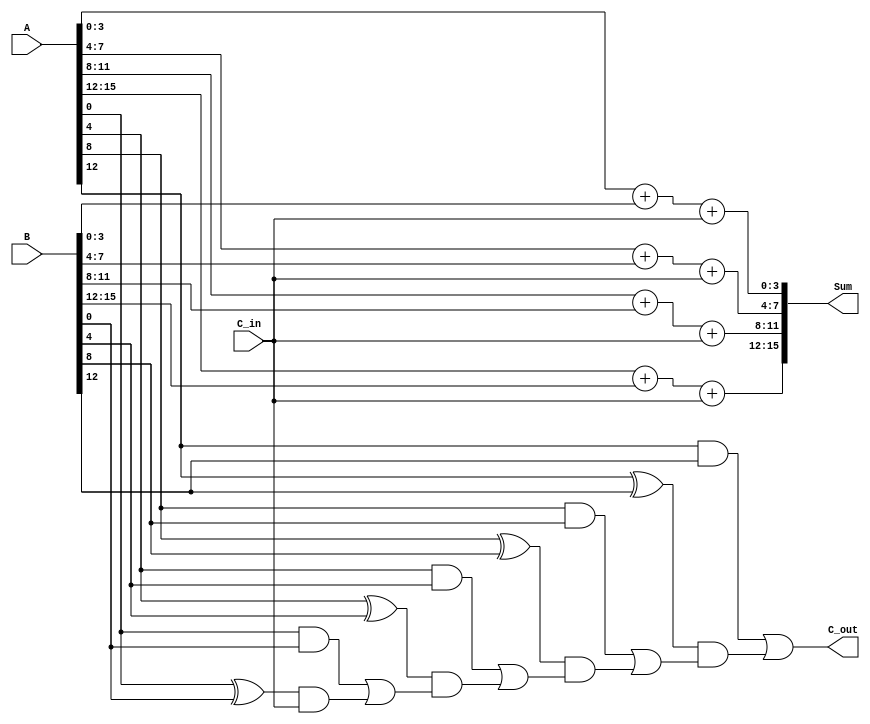
module CSA_CLA_16bit (
    input [15:0] A,
    input [15:0] B,
    input C_in,
    output [15:0] Sum,
    output C_out
);

    // Internal wires for carry out and sum of each segment
    wire [3:0] S0, S1, S2, S3; // Sums for each segment
    wire C0, C1, C2, C3;       // Carry outs for each segment
    wire G0, G1, G2, G3;       // Generate signals for each segment
    wire P0, P1, P2, P3;       // Propagate signals for each segment
    wire C_in0, C_in1, C_in2;  // Intermediate carries

    // Generate and propagate for each segment
    assign G0 = A[3:0] & B[3:0];
    assign P0 = A[3:0] ^ B[3:0];

    assign G1 = A[7:4] & B[7:4];
    assign P1 = A[7:4] ^ B[7:4];

    assign G2 = A[11:8] & B[11:8];
    assign P2 = A[11:8] ^ B[11:8];

    assign G3 = A[15:12] & B[15:12];
    assign P3 = A[15:12] ^ B[15:12];

    // Carry lookahead logic
    assign C_in0 = G0 | (P0 & C_in);
    assign C_in1 = G1 | (P1 & C_in0);
    assign C_in2 = G2 | (P2 & C_in1);
    assign C_out = G3 | (P3 & C_in2);

    // 4-bit Ripple Carry Adders for each segment
    // Segment 0
    assign {C0, S0} = A[3:0] + B[3:0] + C_in;
    // Segment 1
    assign {C1, S1} = A[7:4] + B[7:4] + C_in;
    // Segment 2
    assign {C2, S2} = A[11:8] + B[11:8] + C_in;
    // Segment 3
    assign {C3, S3} = A[15:12] + B[15:12] + C_in;

    // Multiplexers for final sum selection
    assign Sum[3:0] = C_in ? S0 : S0; // Sum from segment 0
    assign Sum[7:4] = C_in1 ? S1 : S1; // Sum from segment 1
    assign Sum[11:8] = C_in2 ? S2 : S2; // Sum from segment 2
    assign Sum[15:12] = C_out ? S3 : S3; // Sum from segment 3

endmodule